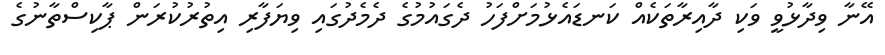
އޭނާ ވިދާޅުވީ ވަކި ދާއިރާތަކެއް ކަނޑައެޅުމަށްފަހު ދެގައުމުގެ ދެމެދުގައި ވިޔަފާރި އިތުރުކުރަން ޕާކިސްތާނުގެ